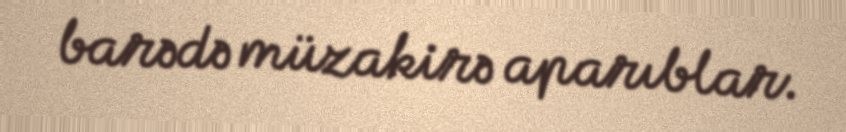
barədə müzakirə aparıblar.